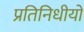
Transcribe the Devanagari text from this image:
प्रतिनिधीयों